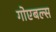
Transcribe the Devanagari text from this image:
गोएबल्स